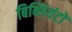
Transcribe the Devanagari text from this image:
बिब्लियंटों